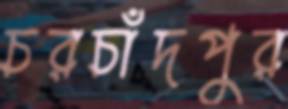
চরচাঁদপুর